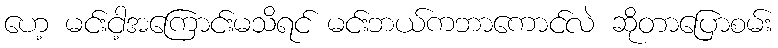
ဟေ့ မင်းငါ့အကြောင်းမသိရင် မင်းဘယ်ကဘာကောင်လဲ ဆိုတာပြောစမ်း